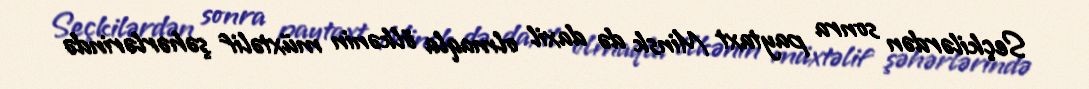
Seçkilərdən sonra paytaxt Minsk də daxil olmaqla ölkənin müxtəlif şəhərlərində